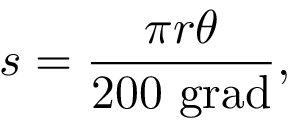
s = { \frac { \pi r \theta } { 2 0 0 \ { \mathrm { g r a d } } } } ,